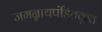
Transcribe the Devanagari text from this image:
जगन्नाथपंडितकृत